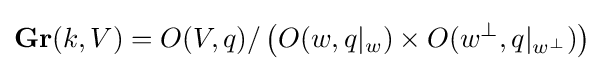
\mathbf {Gr} (k,V)=O(V,q)/\left(O(w,q|_{w})\times O(w^{\perp },q|_{w^{\perp }})\right)